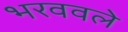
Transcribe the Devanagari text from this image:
भरववले